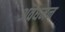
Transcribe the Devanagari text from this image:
अवधमन